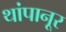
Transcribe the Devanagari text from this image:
थांपानूर